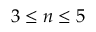
3 \leq n \leq 5